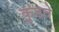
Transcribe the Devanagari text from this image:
कुडते